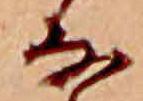
な